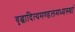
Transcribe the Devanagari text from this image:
वृद्धादित्यमण्डलमध्यस्थां